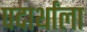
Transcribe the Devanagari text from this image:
पदार्थांला